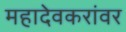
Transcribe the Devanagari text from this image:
महादेवकरांवर